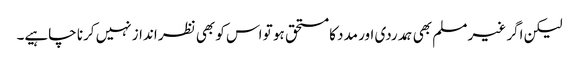
لیکن اگر غیر مسلم بھی ہمدردی اور مدد کا مستحق ہو تو اس کو بھی نظر انداز نہیں کرنا چاہیے۔